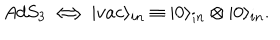
A d S _ { 3 } \Longleftrightarrow | v a c \rangle _ { i n } \equiv | 0 \rangle _ { i n } \otimes | 0 \rangle _ { i n } .